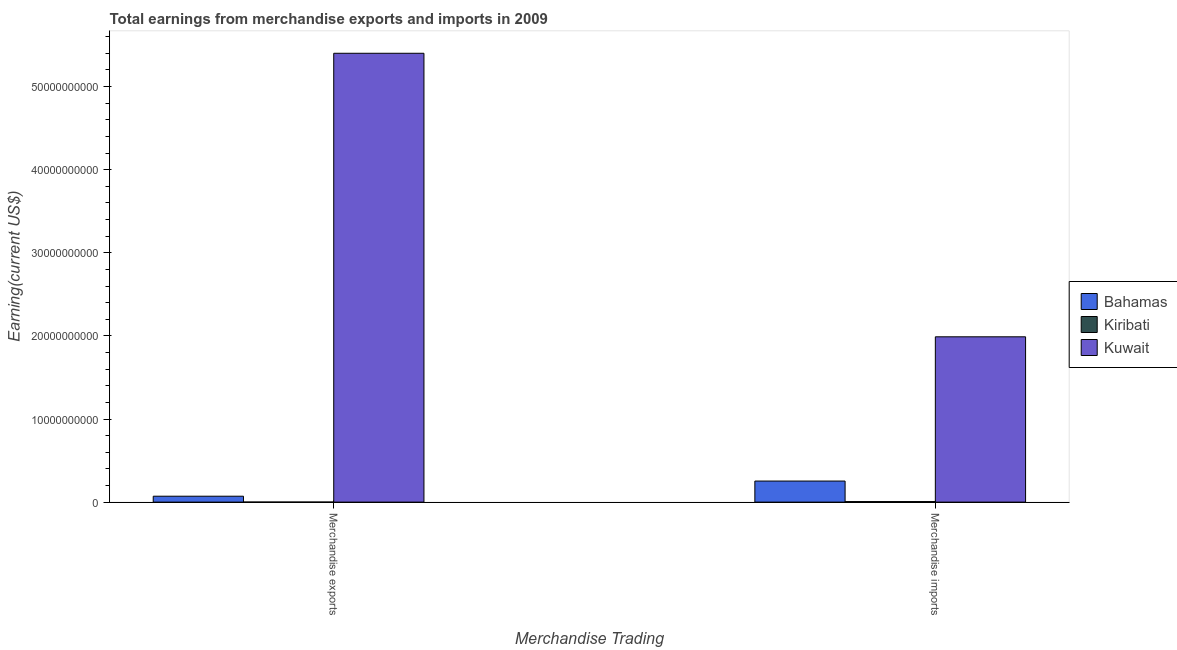
| Merchandise Trading | Bahamas | Kiribati | Kuwait |
 | --- | --- | --- | --- |
 | Merchandise exports | 7.11e+08 | 6.28e+06 | 5.4e+10 |
 | Merchandise imports | 2.54e+09 | 6.7e+07 | 1.99e+10 |